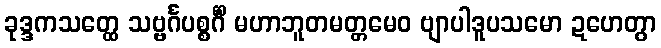
ခုဒ္ဒကသတ္ထေ သဗ္ဗင်္ဂပစ္စင်္ဂိံ မဟာဘူတမတ္တမေဝ ဗျာပါဒူပသမော ဍဟေတွာ